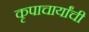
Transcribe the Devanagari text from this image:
कृपाचार्यांची